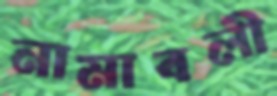
নামাবলী